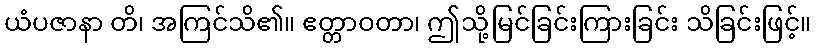
ယံပဇာနာ တိ၊ အကြင်သိ၏။ ဧတ္တာဝတာ၊ ဤသို့မြင်ခြင်းကြားခြင်း သိခြင်းဖြင့်။